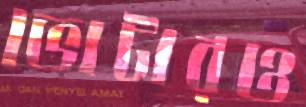
ভোটারও